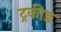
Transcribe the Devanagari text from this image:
ट्रकीड